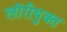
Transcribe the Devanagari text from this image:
लॉरीयुक्त